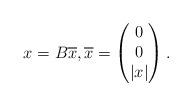
LaTeX: \begin{align*}x = B\overline{x},\overline{x} = \begin{pmatrix}0 \\0 \\ |x|\end{pmatrix}.\end{align*}